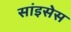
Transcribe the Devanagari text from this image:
सांइसेस